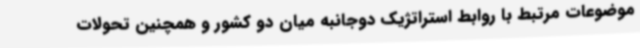
موضوعات مرتبط با روابط استراتژیک دوجانبه میان دو کشور و همچنین تحولات